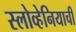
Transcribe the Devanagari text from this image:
स्लोव्हेनियाची